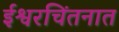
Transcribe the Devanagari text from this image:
ईश्वरचिंतनात